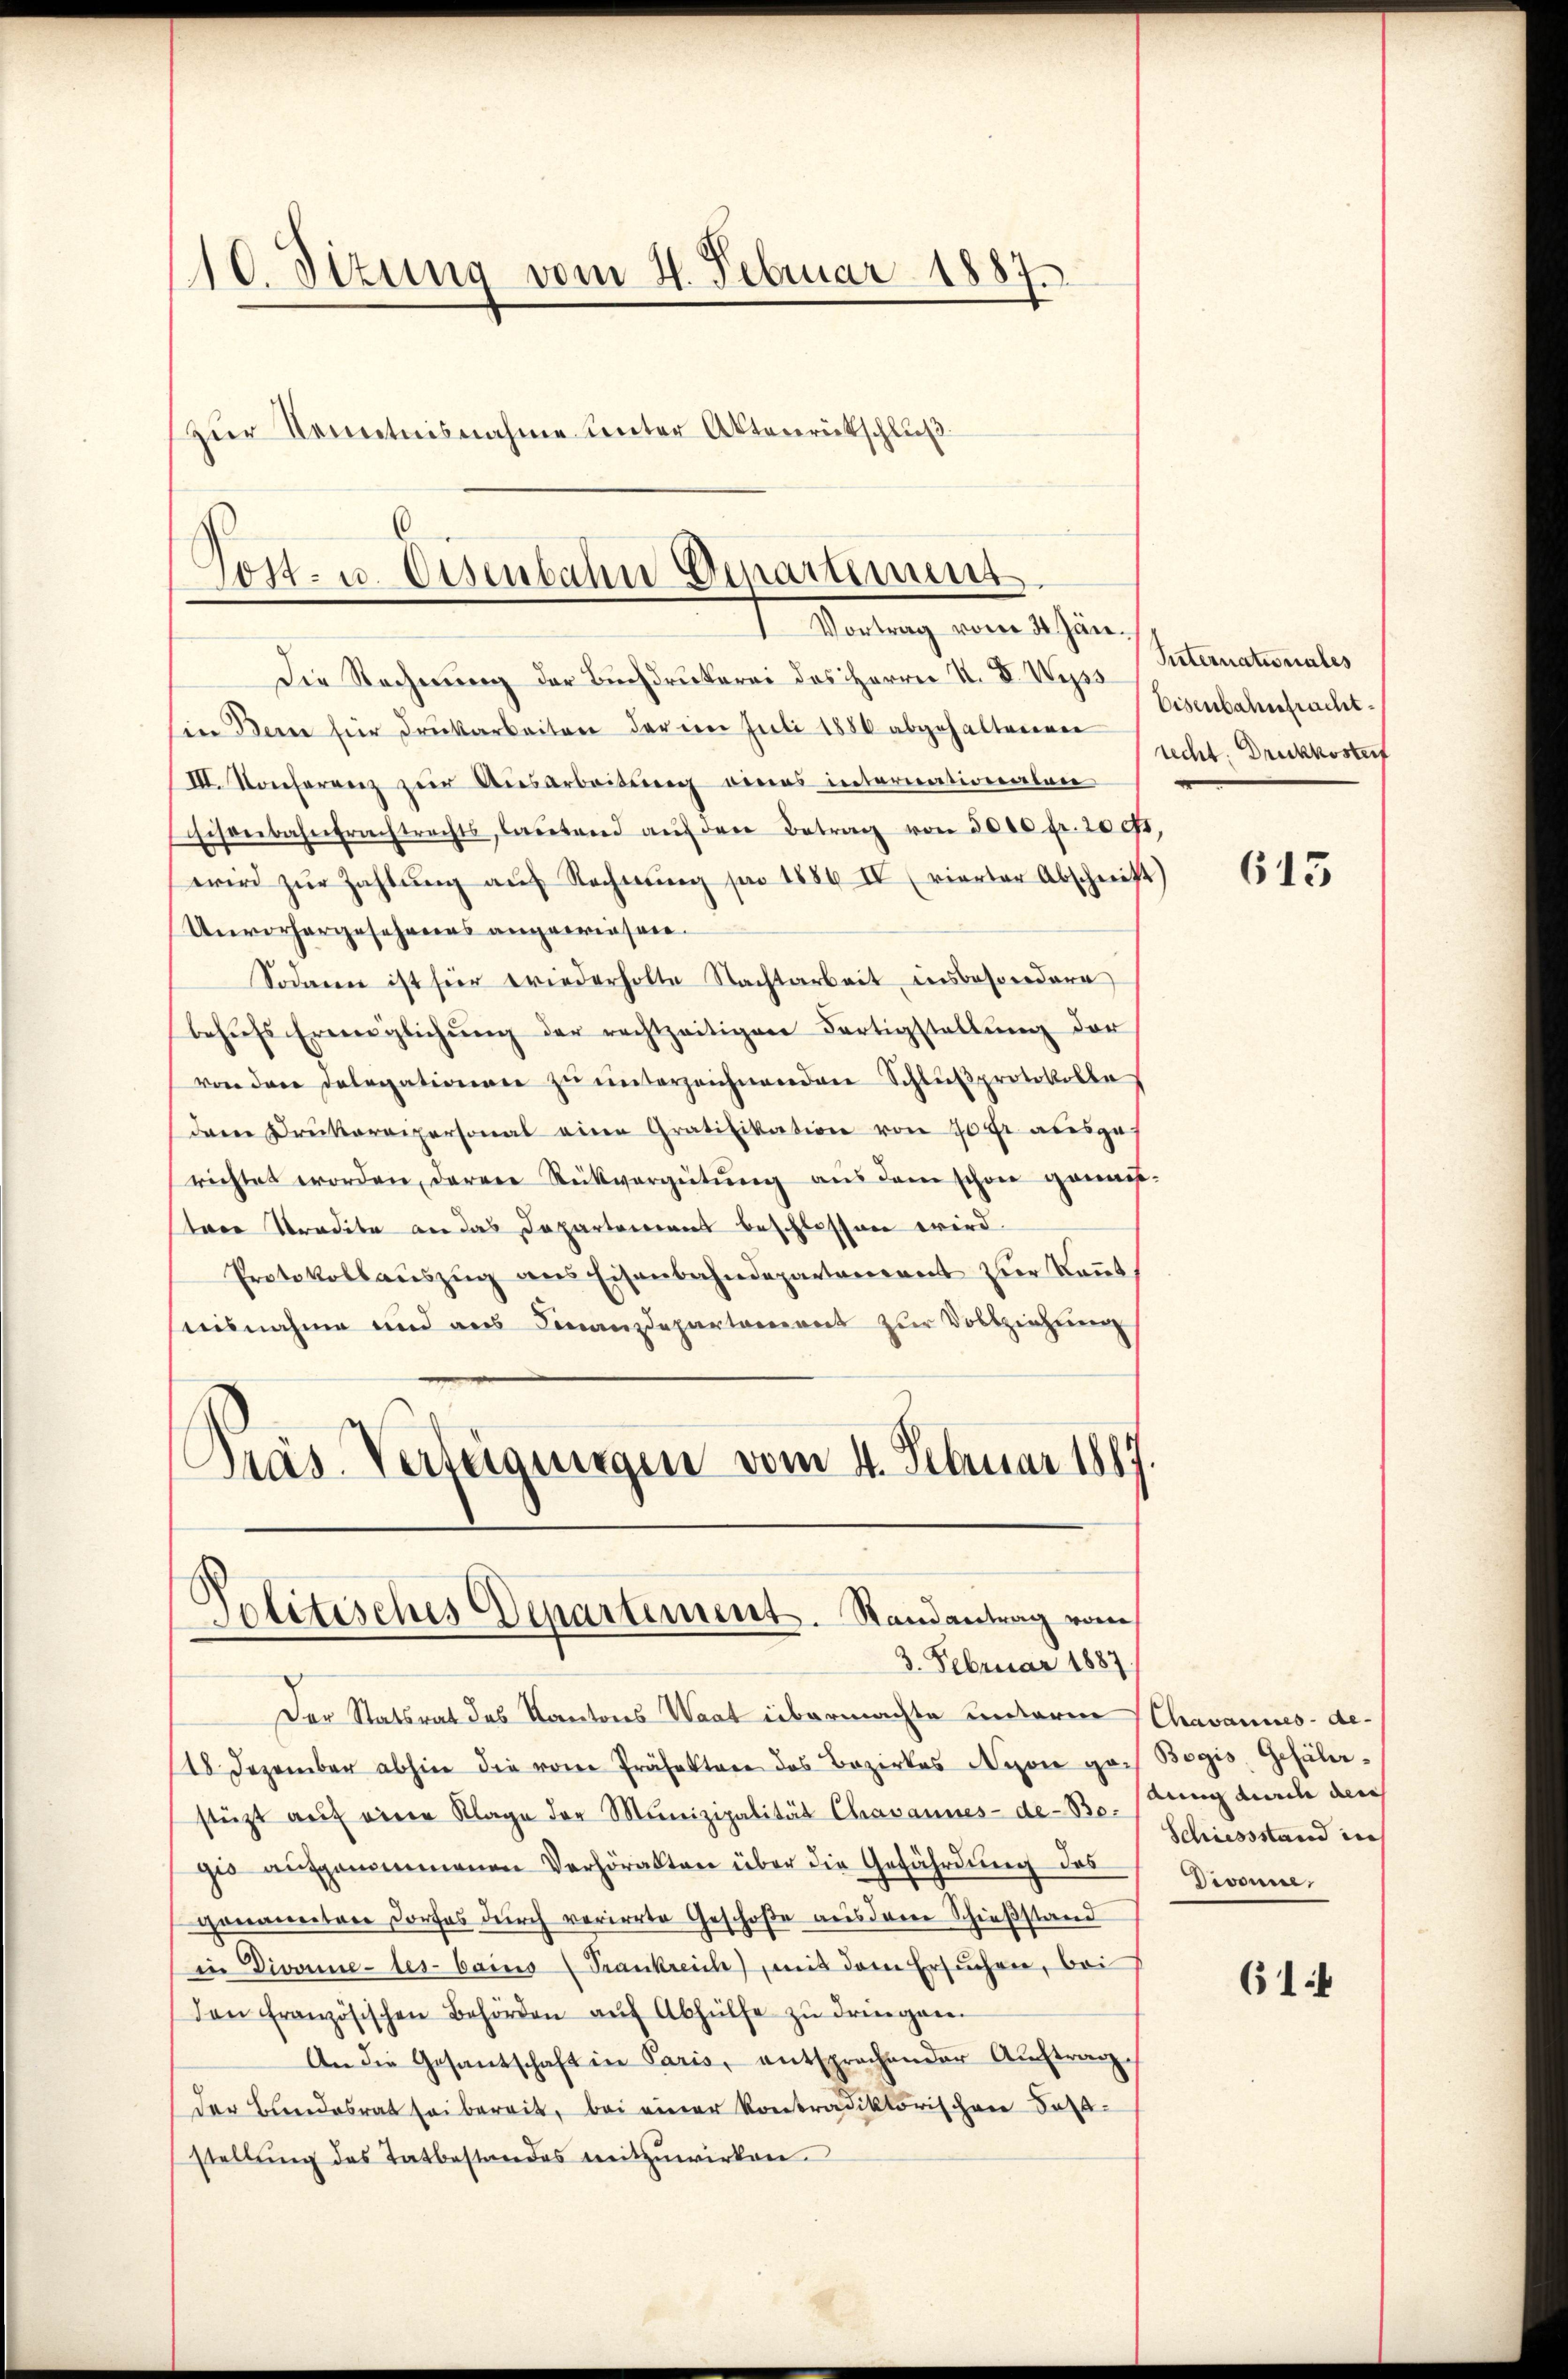
10. Sizung vom 4. Februar 1887.
Zur Kenntnisnahme unter Aktenrückschluß

.
Tost- u. Eisenbahn Departimuns.
t. Wartung vom 1. ein
Die Rechnŭng der Buchdruckerei des Herrn N. V. Wyss Peternationales

sin Bern für Druckarbeiten der im Juli 1886 abgehaltenen
VII. Konferenz zur Ausarbeitung eines internationalan
sisenbahntrachtrechts, laŭtend aŭf der Betrag von 3000 fr. 20 ff.,
wird zŭr Zahlung auf Rechnung pro 1886. IV (vierter Abschrift)
Unvorhergesehens angewiesen.
Sodann ist für Friederholte Nachtarbeit insbesondere
behŭfs Ermöglichŭng der rechtzeitigen Fertigstellŭng der
von den Delegationen zŭ ŭnterzeichnenden Schlŭβprotokolle
dern Druckereipersonal eine Gratifikation von 70 fr ausges
richtet worden, deren Rückvergütŭng aus dem schon genau-
trer Tradita an das Departemens beschlossen wird.
Protokollauszug aus Eisenbahndepartanereit zur kannt
nisnahme und aus Finanzdepartarieret zur Vollziehung
Präs. Verteigungen vom 4. Februar 1889

Politisches Departement. Randantrag vom
3. Februar 1887

Der Statsrat des Kantons Waat übermachte unterm (Chavannes-de-
18 Dezember abhin die von Präfekter das Bezirkes Nyon gar Begis, Gefälstüzt aŭf eine Klage der Munizipalität Chavannes-de-Bo. (dung durch den
gio aufgenommenen Verhörakten über die Gefährdung des
genannten Dorfes durch verirrte Geschoße ausdem Schießstand
in Divonne-tes- baino (Trankreich mit dem Ersuchen, bei
Den französischen Behörden aŭf Abhülfe zŭ dringen.
An die Gesantschaft in Paris, entsprochender Auftrag.
der Bundesrat sei bereit, bei einer Kontradiktorischen Fallstellŭng des Tatbestandes mitzuwirken.

Eisenbahnfracht.
recht. Druckkostert

613

Schiessstand ich
Divonie,

61: